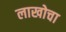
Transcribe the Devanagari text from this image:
लाखोचा